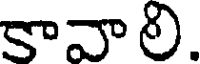
కావాలి.